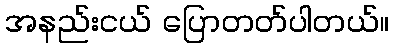
အနည်းငယ် ပြောတတ်ပါတယ်။